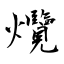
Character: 爦